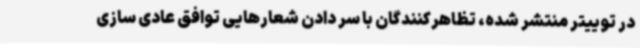
در توییتر منتشر شده، تظاهرکنندگان با سر دادن شعارهایی توافق عادی سازی